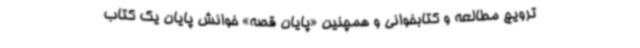
ترویج مطالعه و کتابخوانی و همچنین «پایان قصه» خوانش پایان یک کتاب